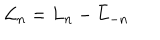
LaTeX: { \cal L } _ { n } = L _ { n } - \bar { L } _ { - n } \